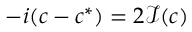
- i ( c - c ^ { * } ) = 2 \mathcal { I } ( c )